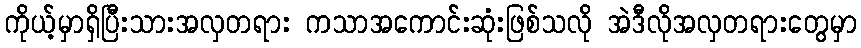
ကိုယ့်မှာရှိပြီးသားအလှတရား ကသာအကောင်းဆုံးဖြစ်သလို အဲဒီလိုအလှတရားတွေမှာ